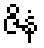
ဇိနံ